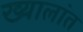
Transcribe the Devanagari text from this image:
ख्यालांत